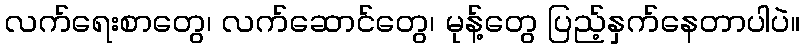
လက်ရေးစာတွေ၊ လက်ဆောင်တွေ၊ မုန့်တွေ ပြည့်နှက်နေတာပါပဲ။